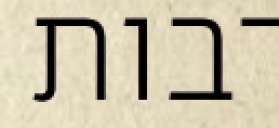
רבות